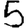
Digit: 5